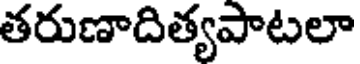
తరుణాదిత్యపాటలా